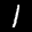
Label: 1